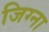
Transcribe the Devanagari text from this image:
जिग्ना